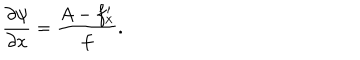
LaTeX: \frac { \partial \psi } { \partial x } = \frac { A - f _ { x } ^ { \prime } } { f } .